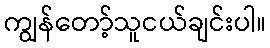
ကျွန်တော့်သူငယ်ချင်းပါ။